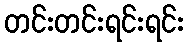
တင်းတင်းရင်းရင်း